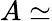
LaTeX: A\simeq